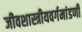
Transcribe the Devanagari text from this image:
जीवशास्त्रीयवर्गमांडणी